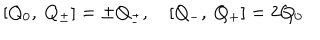
LaTeX: [ Q _ { 0 } , \ Q _ { \pm } ] = \pm Q _ { \pm } , \quad [ Q _ { - } , \ Q _ { + } ] = 2 Q _ { 0 }